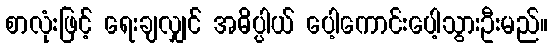
စာလုံးဖြင့် ရေးချလျှင် အဓိပ္ပါယ် ပေါ့ကောင်းပေါ့သွားဦးမည်။